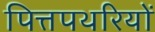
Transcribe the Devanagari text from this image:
पित्तपथरियों